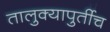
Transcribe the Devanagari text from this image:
तालुक्यापुर्तीच